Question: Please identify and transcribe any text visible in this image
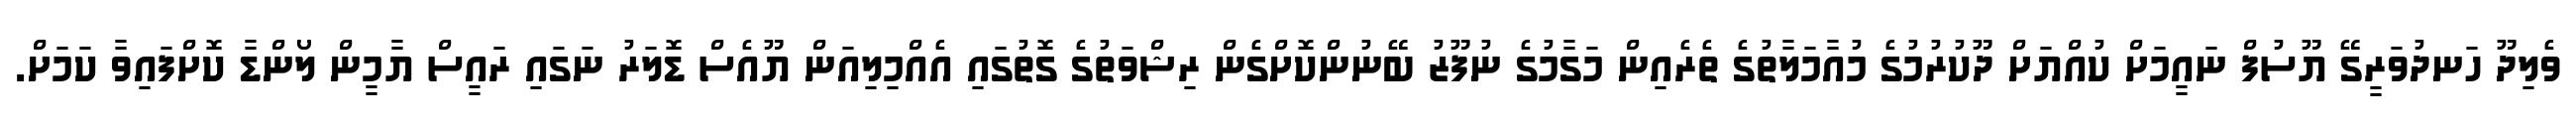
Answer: ވެލިދޫ ހަނދުވަރީގޭ ޔޫސުފް ނައީމަށް ކުއްޔަށް ދޫކުރުމުގެ މުއާމަލާތުގެ ތެރެއިން މަގާމުގެ ނުފޫޒު ބޭނުންކޮށްގެން ރިޝްވަތުގެ ގޮތުގައި އެއްމިލިއަން ޔޫއެސް ޑޮލަރު ނަގައި ރައީސް ޔާމީން ލޯންޑާ ކޮށްފައިވާ ކަމަށް.